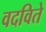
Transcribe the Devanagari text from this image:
वदविते